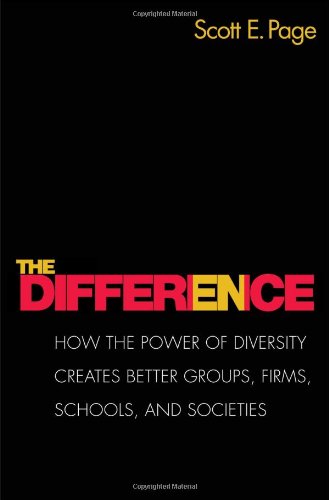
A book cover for The Difference: How the Power of Diversity Creates Better Groups, Firms, Schools, and Societies; Scott E. Page; Business & Money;